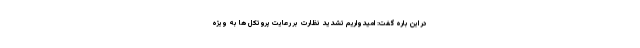
در این باره گفت: امیدواریم تشدید نظارت بر رعایت پروتکل ها به ویژه